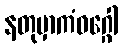
နတုမှာကံဝဂ္ဂေါ